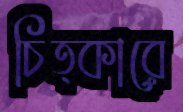
চিত্কারে